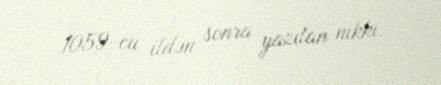
1059-cu ildən sonra yazılan nikki.